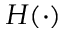
H ( \cdot )